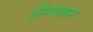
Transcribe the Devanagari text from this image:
डोंगररचना